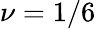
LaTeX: \nu=1/6